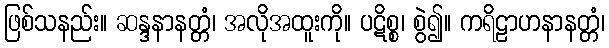
ဖြစ်သနည်း။ ဆန္ဒနာနတ္တံ၊ အလိုအထူးကို။ ပဋိစ္စ၊ စွဲ၍။ ကရိဠာဟနာနတ္တံ၊